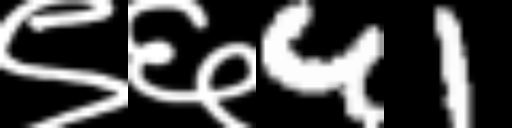
Text: ९६41